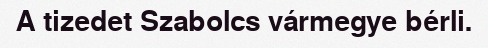
A tizedet Szabolcs vármegye bérli.